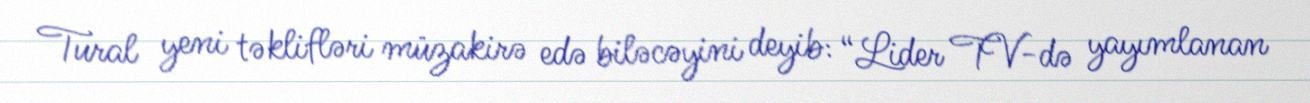
Tural yeni təklifləri müzakirə edə biləcəyini deyib: “Lider TV-də yayımlanan